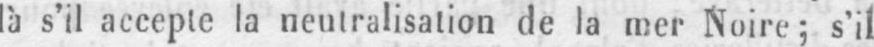
là s’il accepte la neutralisation de la mer Noire; s’il